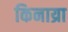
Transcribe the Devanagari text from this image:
किनाय्रा